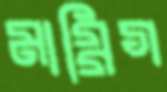
মাগ্গিগ